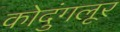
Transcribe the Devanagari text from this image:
कोदुंगलूर